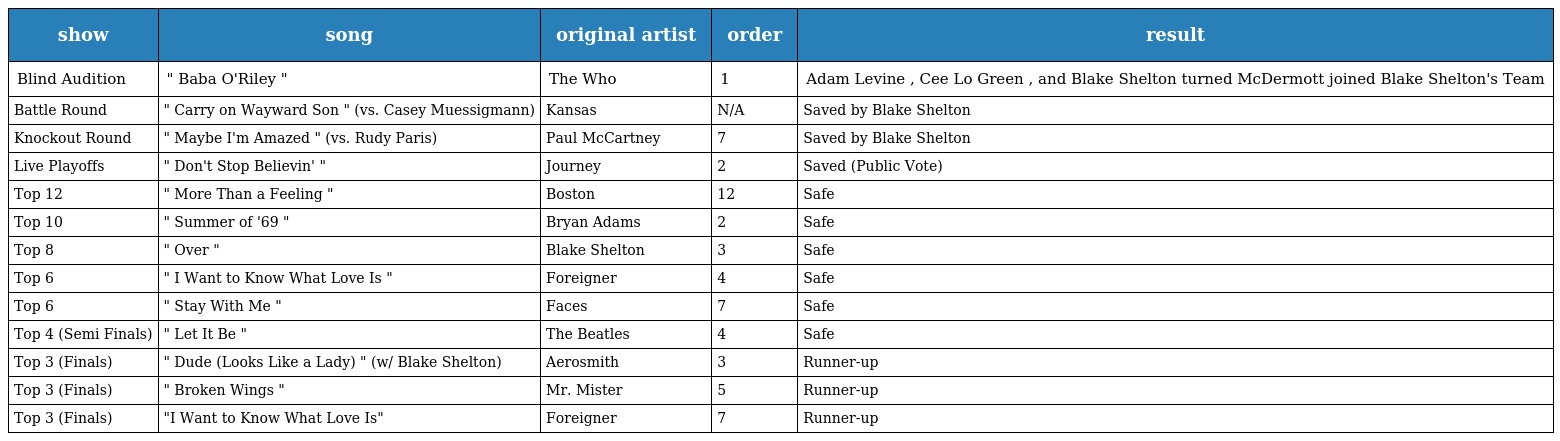
| show | song | original artist | order | result |
 | --- | --- | --- | --- | --- |
 | Blind Audition | " Baba O'Riley " | The Who | 1 | Adam Levine , Cee Lo Green , and Blake Shelton turned McDermott joined Blake Shelton's Team |
 | Battle Round | " Carry on Wayward Son " (vs. Casey Muessigmann) | Kansas | N/A | Saved by Blake Shelton |
 | Knockout Round | " Maybe I'm Amazed " (vs. Rudy Paris) | Paul McCartney | 7 | Saved by Blake Shelton |
 | Live Playoffs | " Don't Stop Believin' " | Journey | 2 | Saved (Public Vote) |
 | Top 12 | " More Than a Feeling " | Boston | 12 | Safe |
 | Top 10 | " Summer of '69 " | Bryan Adams | 2 | Safe |
 | Top 8 | " Over " | Blake Shelton | 3 | Safe |
 | Top 6 | " I Want to Know What Love Is " | Foreigner | 4 | Safe |
 | Top 6 | " Stay With Me " | Faces | 7 | Safe |
 | Top 4 (Semi Finals) | " Let It Be " | The Beatles | 4 | Safe |
 | Top 3 (Finals) | " Dude (Looks Like a Lady) " (w/ Blake Shelton) | Aerosmith | 3 | Runner-up |
 | Top 3 (Finals) | " Broken Wings " | Mr. Mister | 5 | Runner-up |
 | Top 3 (Finals) | "I Want to Know What Love Is" | Foreigner | 7 | Runner-up |